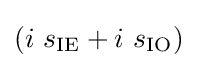
(i\ s_{\mathrm {IE} }+i\ s_{\mathrm {IO} })